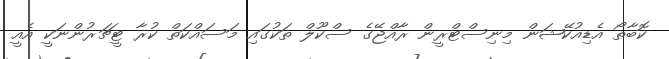
ކޮބާތޯ އެޑިއުކޭޝަން މިނިސްޓްރީން ރާއްޖޭގެ ސްކޫލް ތަކުގައި މަސައްކަތް ކުރާ ޓީޗަރުންނަކީ އެއީ